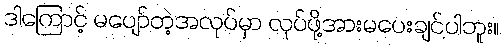
ဒါကြောင့် မပျော်တဲ့အလုပ်မှာ လုပ်ဖို့အားမပေးချင်ပါဘူး။